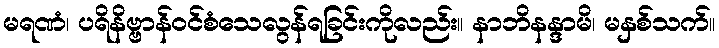
မရဏံ၊ ပရိနိဗ္ဗာန်ဝင်စံသေလွန်ရခြင်းကိုလည်း။ နာဘိနန္ဒာမိ၊ မနှစ်သက်။